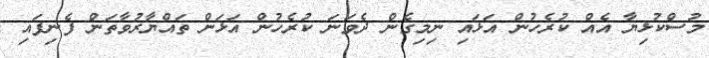
މުސްކުޅިޔާ އެއް ކުރެހުން އަޅައި ނިމިގެން ދެވަނަ ކުރެހުން އަޅަން ތައްޔާރުވާތަން ފެނިފައި